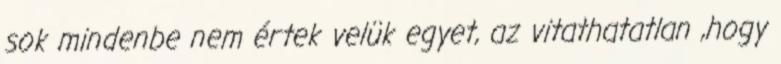
sok mindenbe nem értek velük egyet, az vitathatatlan ,hogy